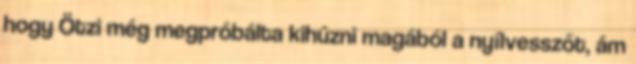
hogy Ötzi még megpróbálta kihúzni magából a nyílvesszőt, ám